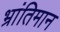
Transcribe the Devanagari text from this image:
भ्रांतिमान